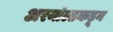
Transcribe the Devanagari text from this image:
अरनॉल्डकडून